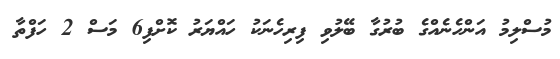
މުސްލިމު އަންހެނެއްގެ ބުރުގާ ބޭލުވި ފިރިހެނަކު ހައްޔަރު ކޮށްފި6 މަސް 2 ހަފްތާ